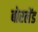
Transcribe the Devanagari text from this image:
बोरलेंड